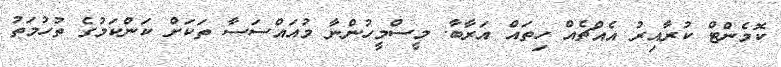
ކޮމެންޓް ކުރާއިރު އެއްޗެއް ހިތައް އަރާބާ. މީސްމީހުންނާ މުއައްސަސާ ތަކަށް ކަންކަމުގެ ތުހުމަތު